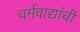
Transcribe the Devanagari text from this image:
चर्मवाद्यांची